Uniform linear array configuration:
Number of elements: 24
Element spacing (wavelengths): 1
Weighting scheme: hamming
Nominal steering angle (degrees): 0
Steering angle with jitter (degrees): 0.2769
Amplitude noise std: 0.05
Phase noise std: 0.05

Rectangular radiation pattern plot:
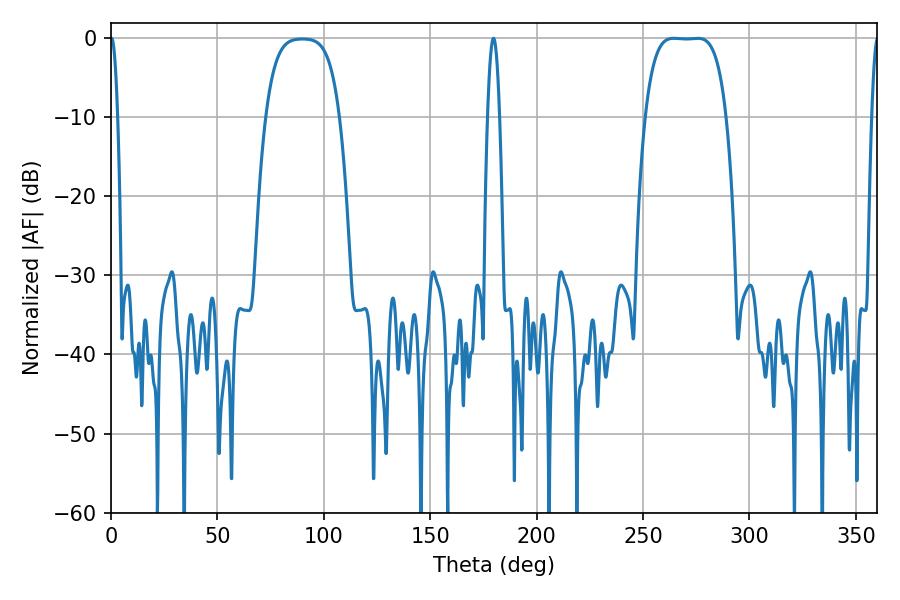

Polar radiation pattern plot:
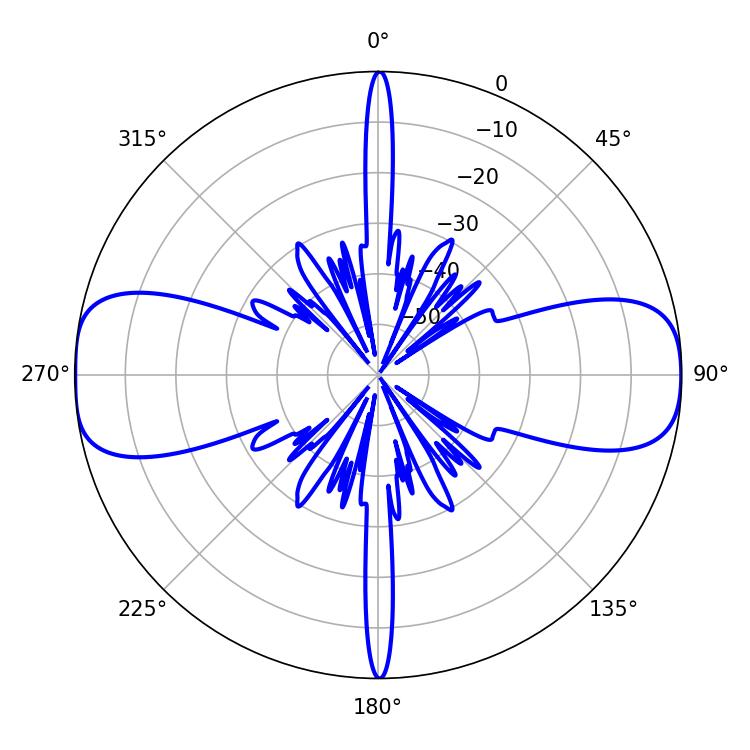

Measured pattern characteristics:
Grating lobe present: TRUE
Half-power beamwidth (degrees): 29.16
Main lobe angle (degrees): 264.42